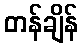
တန်ချိန်